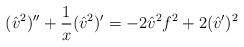
LaTeX: \begin{align*}({\hat v}^2)'' + {1 \over x} ({\hat v}^2)' = -2 {\hat v}^2 f^2+ 2 ({\hat v}')^2\end{align*}